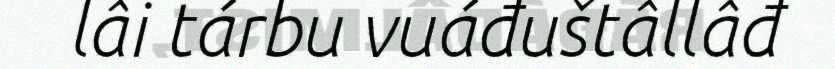
lâi tárbu vuáđuštâllâđ